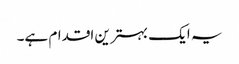
یہ ایک بہترین اقدام ہے۔